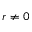
r \neq 0